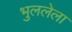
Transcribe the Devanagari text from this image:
भुललेला